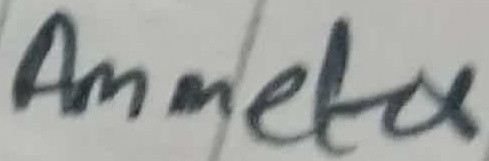
Text: Ammeter